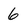
Character: 6